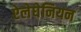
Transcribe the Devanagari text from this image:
ऐलेघेनियन